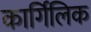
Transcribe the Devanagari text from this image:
कार्गिलिक